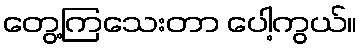
တွေ့ကြသေးတာ ပေါ့ကွယ်။